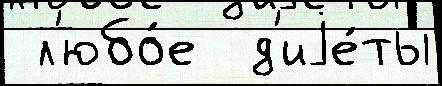
 л'юбо́е  д'иjе́ты